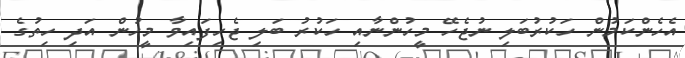
އެހެންކަމުން ހަކުރުބަލި ނުޖެހޭ މީހުންނާއި ހަކުރު ބަލި ޖެހިފައިވާ މީހުން އަދި ހިތުގެ